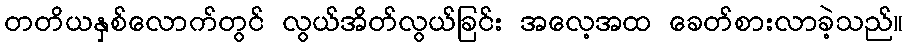
တတိယနှစ်လောက်တွင် လွယ်အိတ်လွယ်ခြင်း အလေ့အထ ခေတ်စားလာခဲ့သည်။